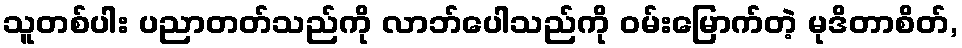
သူတစ်ပါး ပညာတတ်သည်ကို လာဘ်ပေါသည်ကို ဝမ်းမြောက်တဲ့ မုဒိတာစိတ်,